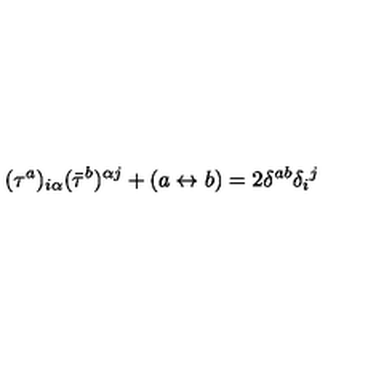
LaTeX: ( \tau ^ { a } ) _ { i \alpha } ( \bar { \tau } ^ { b } ) ^ { \alpha j } + ( a \leftrightarrow b ) = 2 \delta ^ { a b } \delta _ { i } { } ^ { j }